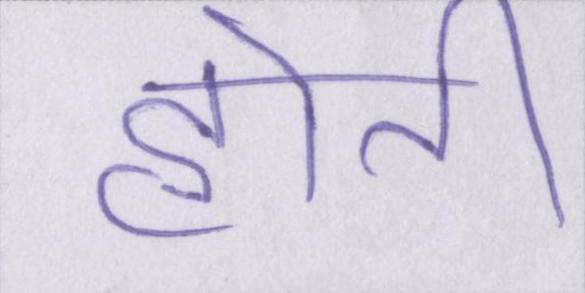
होती